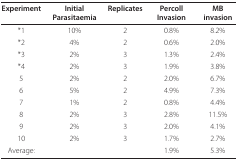
<table><thead><tr><td><b>Experiment</b></td><td><b>Initial Parasitaemia</b></td><td><b>Replicates</b></td><td><b>Percoll Invasion</b></td><td><b>MB invasion</b></td></tr></thead><tbody><tr><td>*1</td><td>10%</td><td>2</td><td>0.8%</td><td>8.2%</td></tr><tr><td>*2</td><td>4%</td><td>2</td><td>0.6%</td><td>2.0%</td></tr><tr><td>*3</td><td>2%</td><td>3</td><td>1.3%</td><td>2.4%</td></tr><tr><td>*4</td><td>2%</td><td>3</td><td>1.9%</td><td>3.8%</td></tr><tr><td>5</td><td>2%</td><td>2</td><td>2.0%</td><td>6.7%</td></tr><tr><td>6</td><td>5%</td><td>2</td><td>4.9%</td><td>7.3%</td></tr><tr><td>7</td><td>1%</td><td>2</td><td>0.8%</td><td>4.4%</td></tr><tr><td>8</td><td>2%</td><td>3</td><td>2.8%</td><td>11.5%</td></tr><tr><td>9</td><td>2%</td><td>3</td><td>2.0%</td><td>4.1%</td></tr><tr><td>10</td><td>2%</td><td>3</td><td>1.7%</td><td>2.7%</td></tr><tr><td>Average:</td><td></td><td></td><td>1.9%</td><td>5.3%</td></tr></tbody></table>